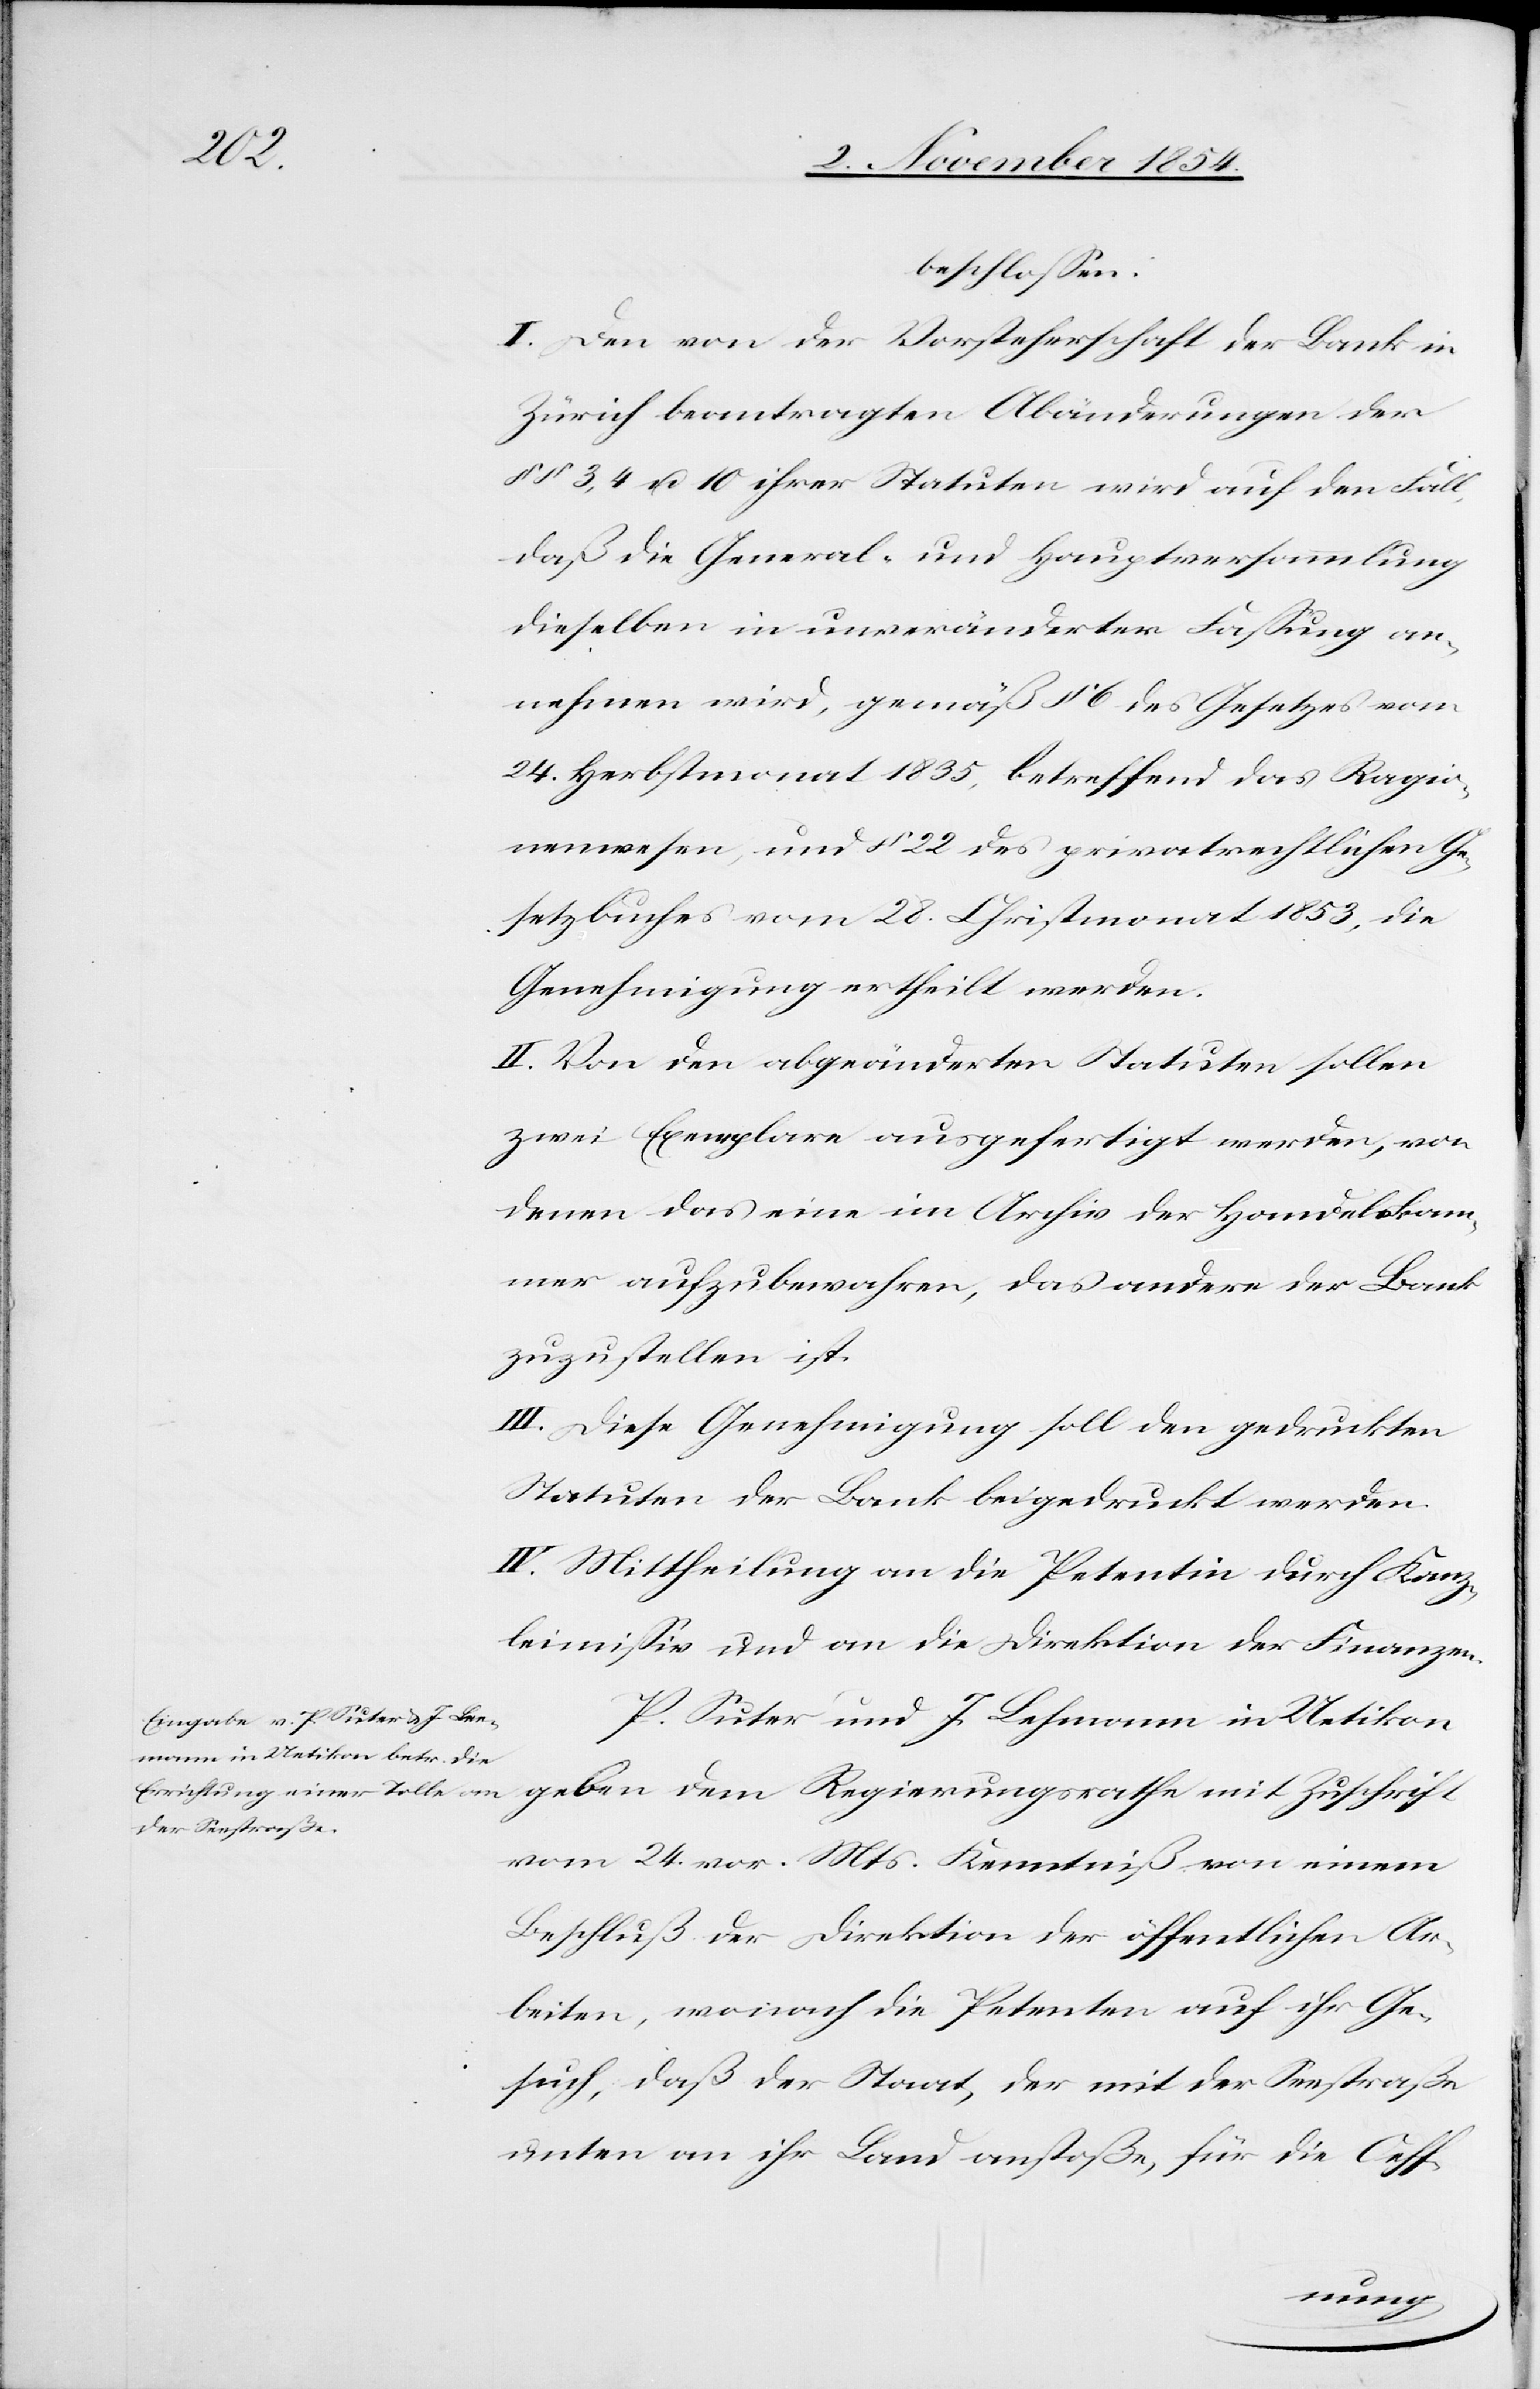
beschloßen:
I. Den von der Vorsteherschaft der Bank in
Zürich beantragten Abänderungen der
§ § 3, 4 u. 10 ihrer Stauten wird auf den Fall,
daß die General- und Hauptversammlung
dieselben in unveränderter Faßung an¬
nehmen wird, gemäß § 6 des Gesetzes vom
24. Herbstmonat 1835, betreffend das Ragio¬
nenwesen, und § 22 des privatrechtlichen Ge¬
setzbuches vom 28. Christmonat 1853, die
II. Von den abgeänderten Statuten sollen
zwei Exemplare ausgefertigt werden, von
denen das eine im Archiv der Handelskam¬
mer aufzubewahren, das andere der Bank
zuzustellen ist.
III. Diese Genehmigung soll den gedruckten
Statuten der Bank beigedruckt werden.
IV. Mittheilung an die Petentin durch Kanz¬
leimißiv und an die Direktion der Finanzen.
P. Suter und J. Lehmann [sic!] in Uetikon
geben dem Regierungsrathe mit Zuschrift
vom 24. vor. Mts. Kenntniß von einem
Beschluß der Direktion der öffentlichen Ar¬
beiten, wonach die Petenten auf ihr Ge¬
such, daß der Staat, der mit der Seestraße
unten an ihr Land anstoße, für die Oeff-